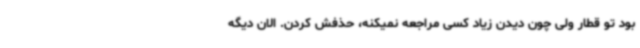
بود تو قطار ولی چون دیدن زیاد کسی مراجعه نمیکنه، حذفش کردن. الان دیگه